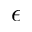
\epsilon